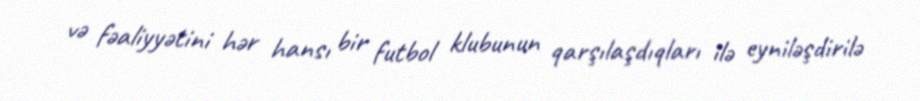
və fəaliyyətini hər hansı bir futbol klubunun qarşılaşdıqları ilə eyniləşdirilə